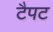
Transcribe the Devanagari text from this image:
टैपट